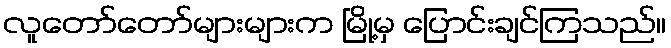
လူတော်တော်များများက မြို့မှ ပြောင်းချင်ကြသည်။